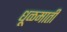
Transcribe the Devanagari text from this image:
धूळमाती